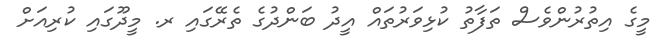
މީގެ އިތުރުންވެސް ތަފާތު ކުޅިވަރުތައް އީދު ބަންދުގެ ތެރޭގައި ރ. މީދޫގައި ކުރިއަށް